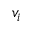
v _ { i }